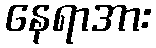
နေရာအား